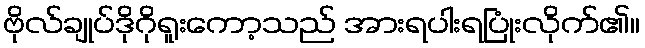
ဗိုလ်ချုပ်ဒိုဂိုရူးကော့သည် အားရပါးရပြုံးလိုက်၏။